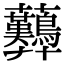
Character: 𧆚